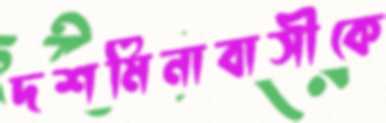
দশমিনাবাসীকে